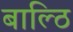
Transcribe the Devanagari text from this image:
बाल्ठि